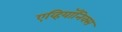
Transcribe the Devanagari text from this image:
एव्हियॉनिक्स